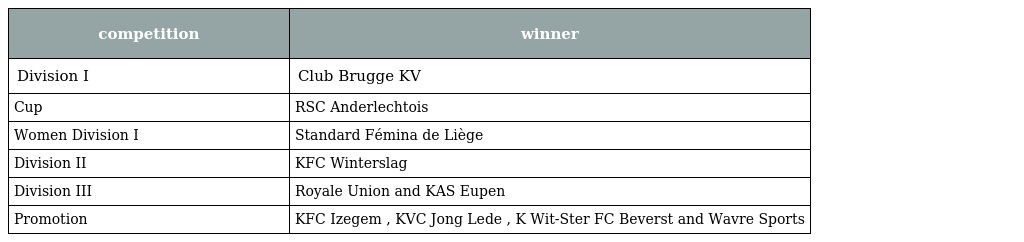
| competition | winner |
 | --- | --- |
 | Division I | Club Brugge KV |
 | Cup | RSC Anderlechtois |
 | Women Division I | Standard Fémina de Liège |
 | Division II | KFC Winterslag |
 | Division III | Royale Union and KAS Eupen |
 | Promotion | KFC Izegem , KVC Jong Lede , K Wit-Ster FC Beverst and Wavre Sports |